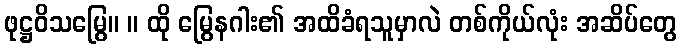
ဖုဋ္ဌဝိသမြွေ။ ။ ထို မြွေနဂါး၏ အထိခံရသူမှာလဲ တစ်ကိုယ်လုံး အဆိပ်တွေ